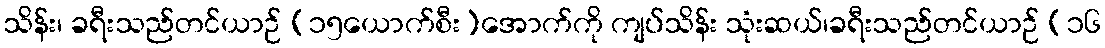
သိန်း၊ ခရီးသည်တင်ယာဉ် (၁၅ယောက်စီး)အောက်ကို ကျပ်သိန်း သုံးဆယ်၊ခရီးသည်တင်ယာဉ် (၁၆